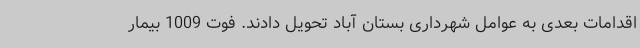
اقدامات بعدی به عوامل شهرداری بستان آباد تحویل دادند. فوت 1009 بیمار